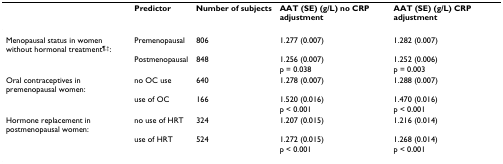
<table><thead><tr><td></td><td><b>Predictor</b></td><td><b>Number of subjects</b></td><td><b>AAT (SE) (g/L) no CRP adjustment</b></td><td><b>AAT (SE) (g/L) CRP adjustment</b></td></tr></thead><tbody><tr><td>Menopausal status in women without hormonal treatment<sup>¶,†</sup>:</td><td>Premenopausal</td><td>806</td><td>1.277 (0.007)</td><td>1.282 (0.007)</td></tr><tr><td></td><td>Postmenopausal</td><td>848</td><td>1.256 (0.007)</td><td>1.252 (0.006)</td></tr><tr><td></td><td></td><td></td><td>p = 0.038</td><td>p = 0.003</td></tr><tr><td>Oral contraceptives in premenopausal women:</td><td>no OC use</td><td>640</td><td>1.278 (0.007)</td><td>1.288 (0.007)</td></tr><tr><td></td><td>use of OC</td><td>166</td><td>1.520 (0.016)</td><td>1.470 (0.016)</td></tr><tr><td></td><td></td><td></td><td>p &lt; 0.001</td><td>p &lt; 0.001</td></tr><tr><td>Hormone replacement in postmenopausal women:</td><td>no use of HRT</td><td>324</td><td>1.207 (0.015)</td><td>1.216 (0.014)</td></tr><tr><td></td><td>use of HRT</td><td>524</td><td>1.272 (0.015)</td><td>1.268 (0.014)</td></tr><tr><td></td><td></td><td></td><td>p &lt; 0.001</td><td>p &lt; 0.001</td></tr></tbody></table>